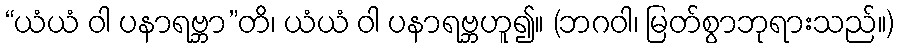
“ယံယံ ဝါ ပနာရဗ္ဘာ”တိ၊ ယံယံ ဝါ ပနာရဗ္ဘဟူ၍။ (ဘဂဝါ၊ မြတ်စွာဘုရားသည်။)